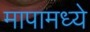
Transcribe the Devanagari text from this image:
मापामध्ये